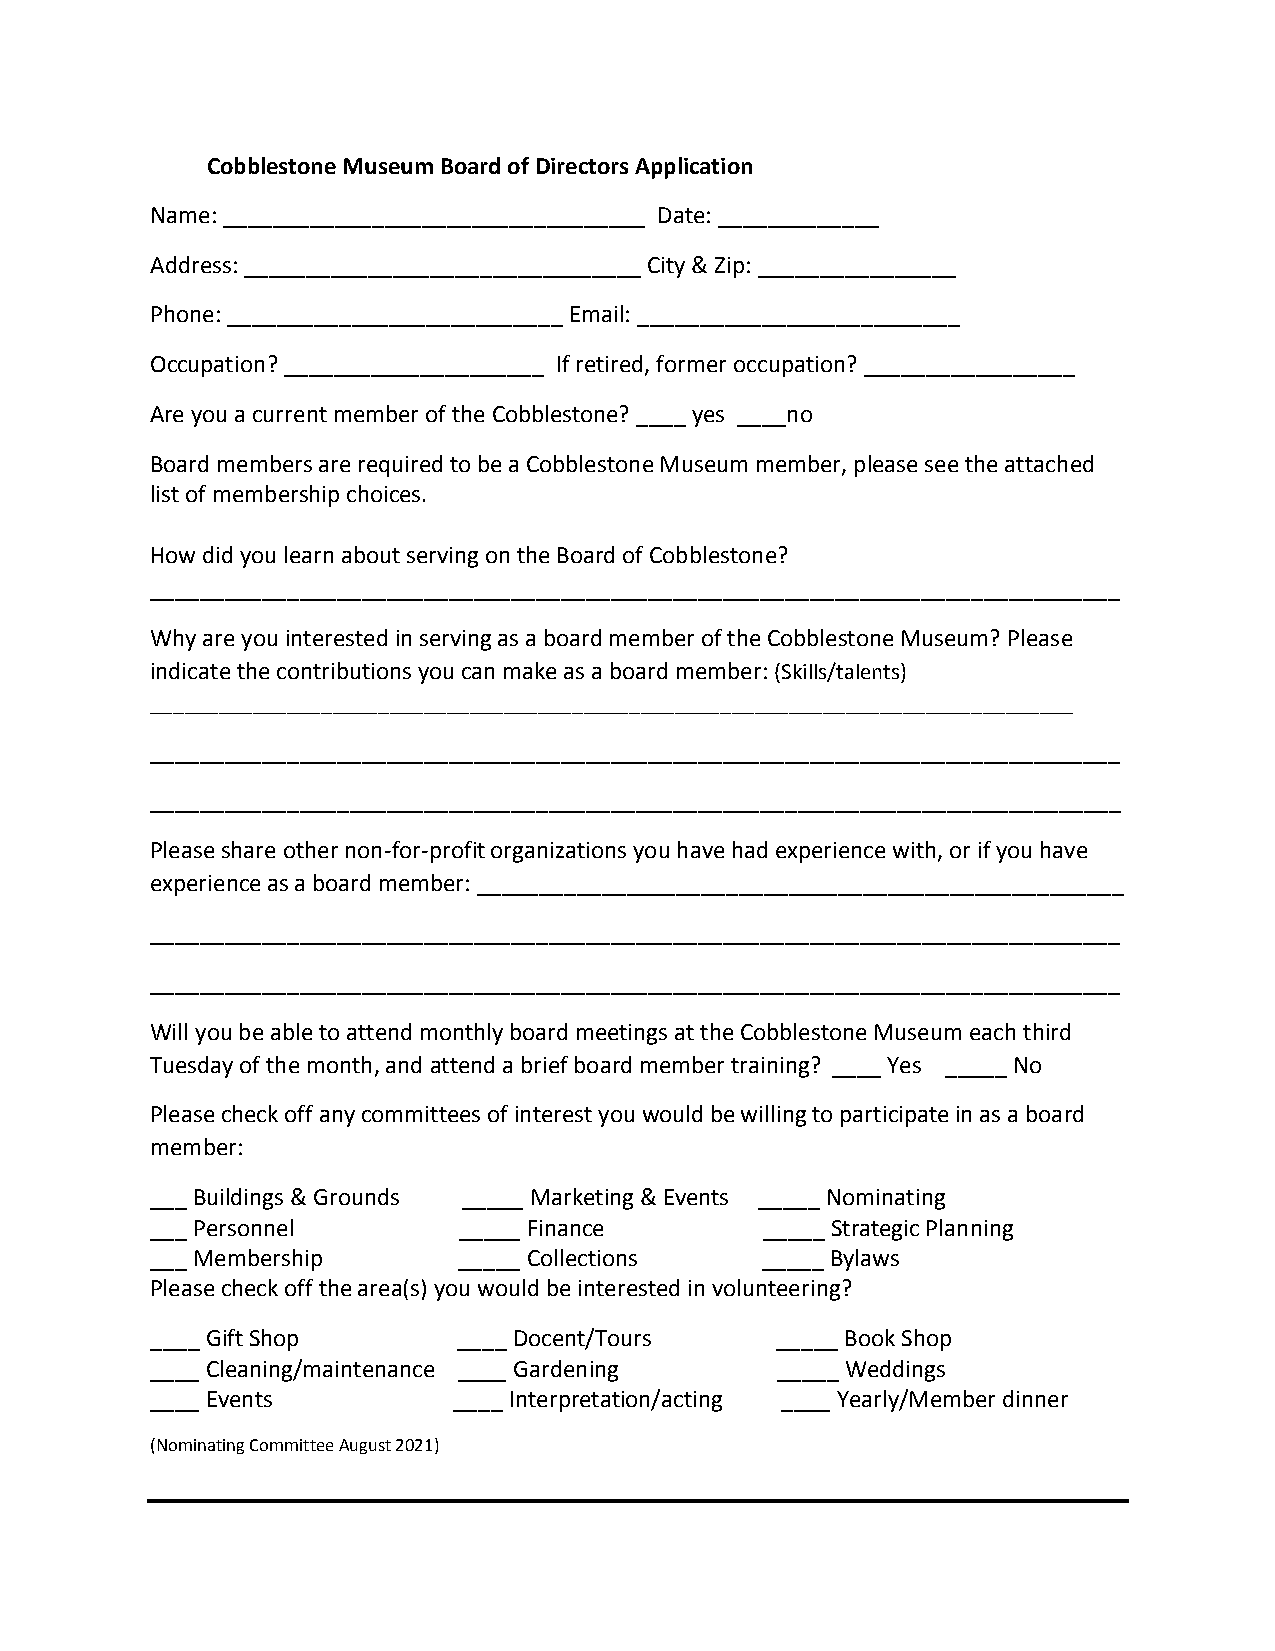
Cobblestone Museum Board of Directors Application
 Name: __________________________________ Date: _____________
 Address: ________________________________ City & Zip: ________________
 Phone: ___________________________ Email: __________________________
 Occupation? _____________________ If retired, former occupation? _________________
 Are you a current member of the Cobblestone? ____ yes ____no
 Board members are required to be a Cobblestone Museum member, please see the attached
 list of membership choices.
 How did you learn about serving on the Board of Cobblestone?
 ______________________________________________________________________________
 Why are you interested in serving as a board member of the Cobblestone Museum? Please
 indicate the contributions you can make as a board member: (Skills/talents)
 _________________________________________________________________________________
 ______________________________________________________________________________
 ______________________________________________________________________________
 Please share other non-for-profit organizations you have had experience with, or if you have
 experience as a board member: ____________________________________________________
 ______________________________________________________________________________
 ______________________________________________________________________________
 Will you be able to attend monthly board meetings at the Cobblestone Museum each third
 Tuesday of the month, and attend a brief board member training? ____ Yes _____ No
 Please check off any committees of interest you would be willing to participate in as a board
 member:
 ___ Buildings & Grounds _____ Marketing & Events _____ Nominating
 ___ Personnel       _____ Finance        _____ Strategic Planning
 ___ Membership      _____ Collections   _____ Bylaws
 Please check off the area(s) you would be interested in volunteering?
 ____ Gift Shop      ____ Docent/Tours    _____ Book Shop
 ____ Cleaning/maintenance ____ Gardening _____ Weddings
 ____ Events         ____ Interpretation/acting ____ Yearly/Member dinner
 (Nominating Committee August 2021)